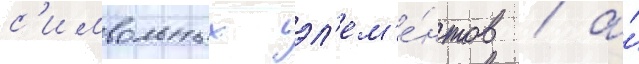
с'имвольных эл'ем'е́нтов / а́